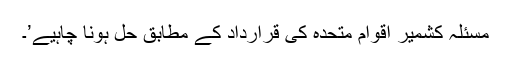
مسئلہ کشمیر اقوام متحدہ کی قرارداد کے مطابق حل ہونا چاہیے’۔